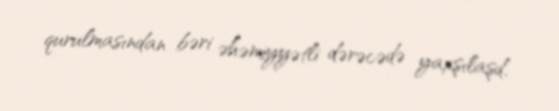
qurulmasından bəri əhəmiyyətli dərəcədə yaxşılaşd.